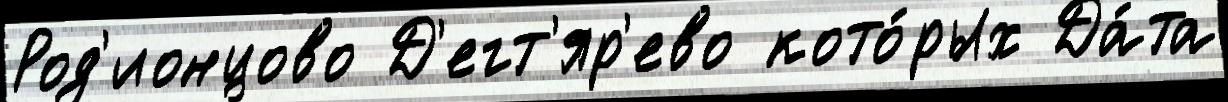
Род'ионцово Д'егт'яр'ево кото́рых Да́та